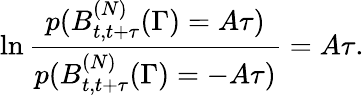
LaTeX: \ln\frac{p(B_{t,t+\tau}^{(N)}(\Gamma)=A\tau)}{p(B_{t,t+\tau}^{(N)}(\Gamma)=-A\tau)}=A\tau.